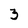
Character: 3